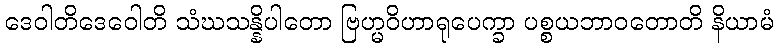
ဒေဝါတိဒေဝေါတိ သံဃသန္နိပါတော ဗြဟ္မဝိဟာရုပေက္ခာ ပစ္စယဘာဝတောတိ နိယာမံ